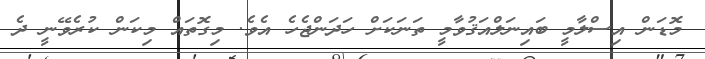
މޮޑަން އިސްލާމީ ބައިނަލްއަޤުވާމީ ތަނަކަށް ހަދަންޖެހެ އެވެ. މިގޮތައް މިކަން ކުރެވޭނީ ދެ